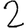
Digit: 2